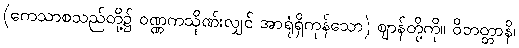
(ကေသာစသည်တို့၌ ဝဏ္ဏကသိုဏ်းလျှင် အာရုံရှိကုန်သော) ဈာန်တို့ကို။ ဝိဘတ္တာနိ၊